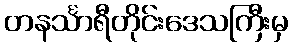
တနင်္သာရီတိုင်းဒေသကြီးမှ